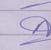
Signature authenticity: forged